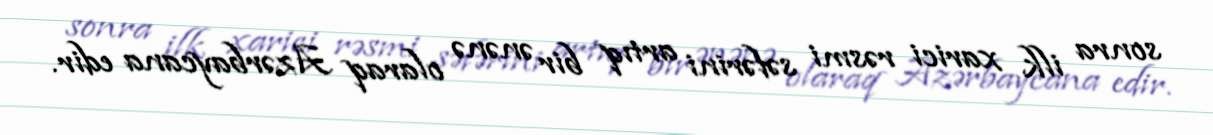
sonra ilk xarici rəsmi səfərini artıq bir ənənə olaraq Azərbaycana edir.